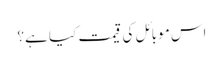
اس موبائل کی قیمت کیا ہے؟